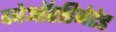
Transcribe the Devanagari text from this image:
कोऑरडिनेटेड